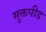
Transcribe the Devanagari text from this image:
मुक्तपीड